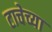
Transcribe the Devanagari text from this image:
टाचेच्या